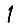
Digit: 1